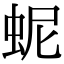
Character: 蚭